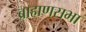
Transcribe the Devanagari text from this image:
ब्राह्मणसभा